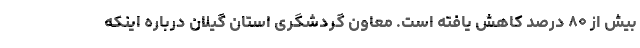
بیش از ۸۰ درصد کاهش یافته است. معاون گردشگری استان گیلان درباره اینکه